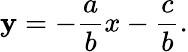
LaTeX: \mathbf{y}=-{\frac{{a}}{{b}}}x-{\frac{{c}}{{b}}}.